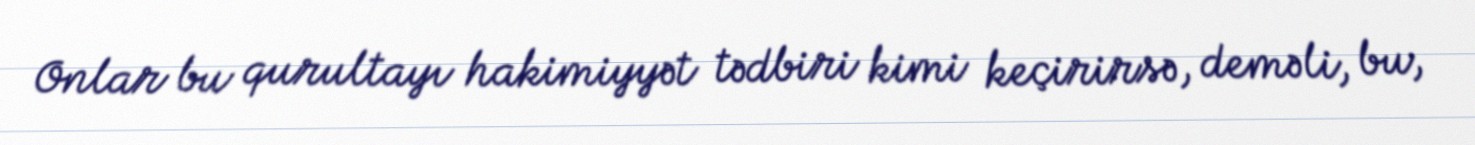
Onlar bu qurultayı hakimiyyət tədbiri kimi keçirirsə, deməli, bu,